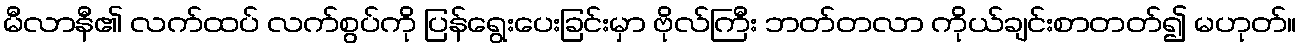
မီလာနီ၏ လက်ထပ် လက်စွပ်ကို ပြန်ရွေးပေးခြင်းမှာ ဗိုလ်ကြီး ဘတ်တလာ ကိုယ်ချင်းစာတတ်၍ မဟုတ်။